65_HS1-834228961_62-HQ-83894_Section_7
Agency: FBI
Page 174
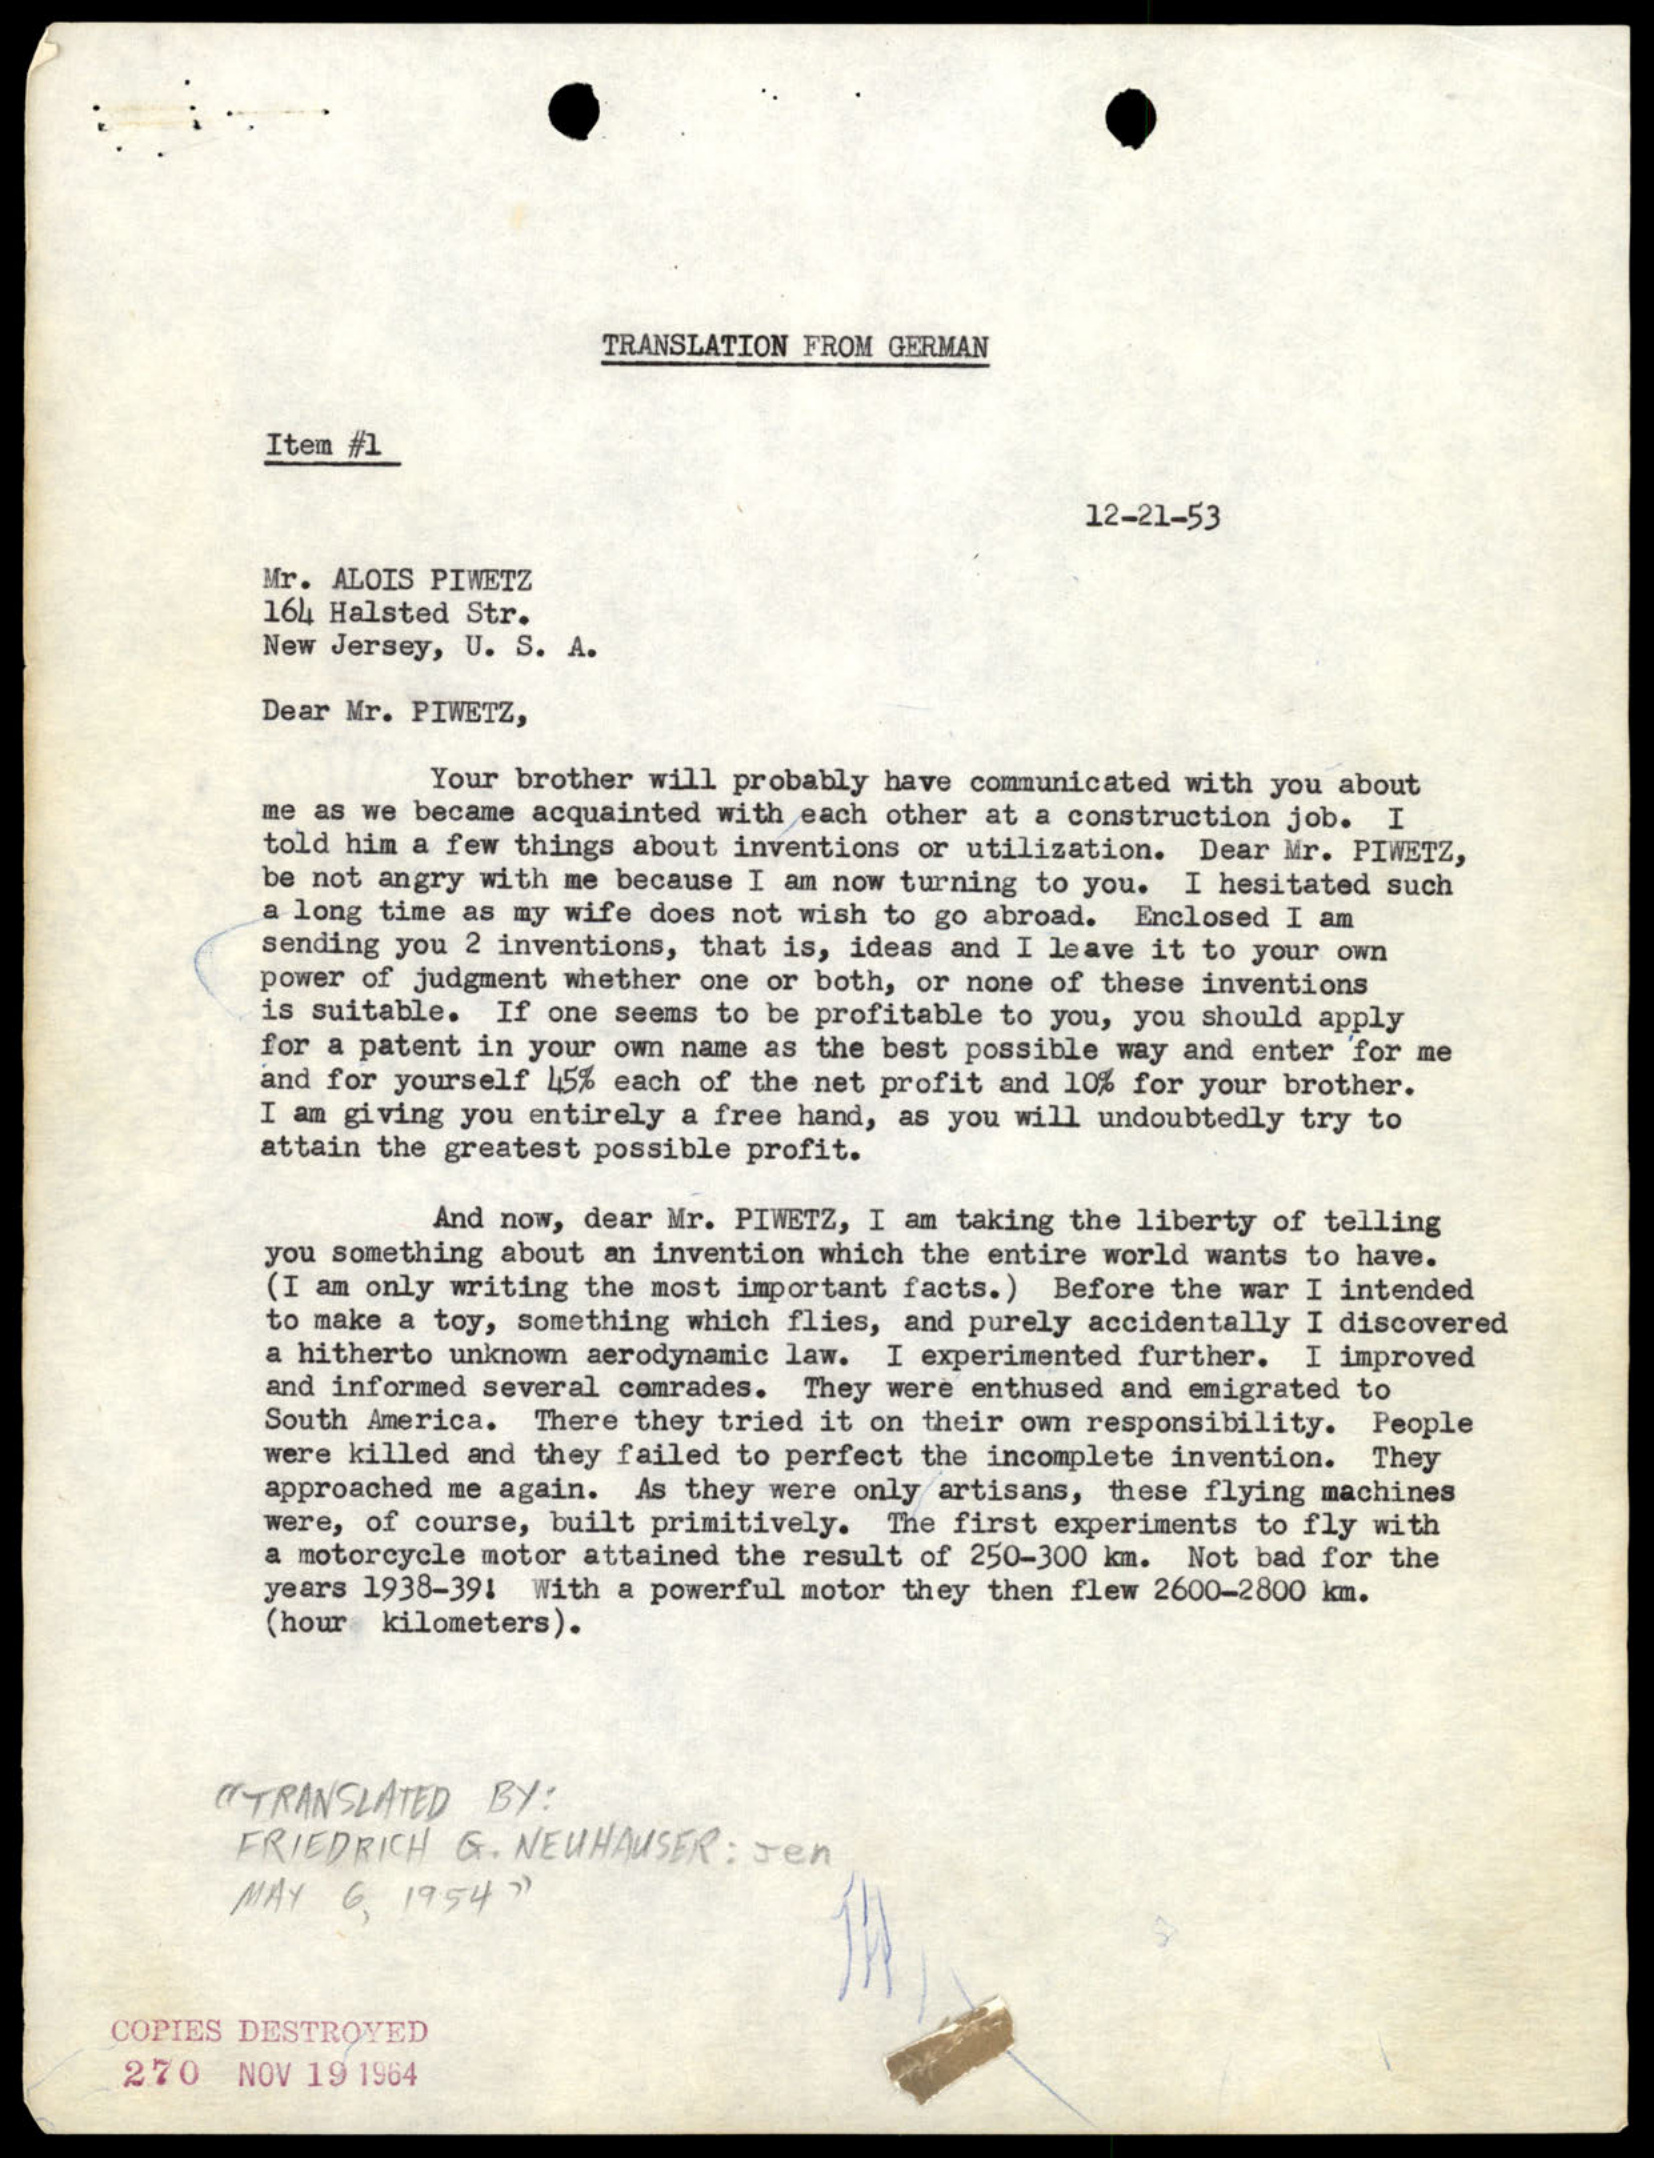